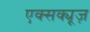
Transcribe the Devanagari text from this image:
एक्सक्यूज़